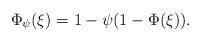
LaTeX: \begin{align*}\Phi _{\psi}(\xi)=1-\psi (1-\Phi(\xi)).\end{align*}